Memorandum on the prevention of leprosy by segregation of the affected
Disease focus: Leprosy
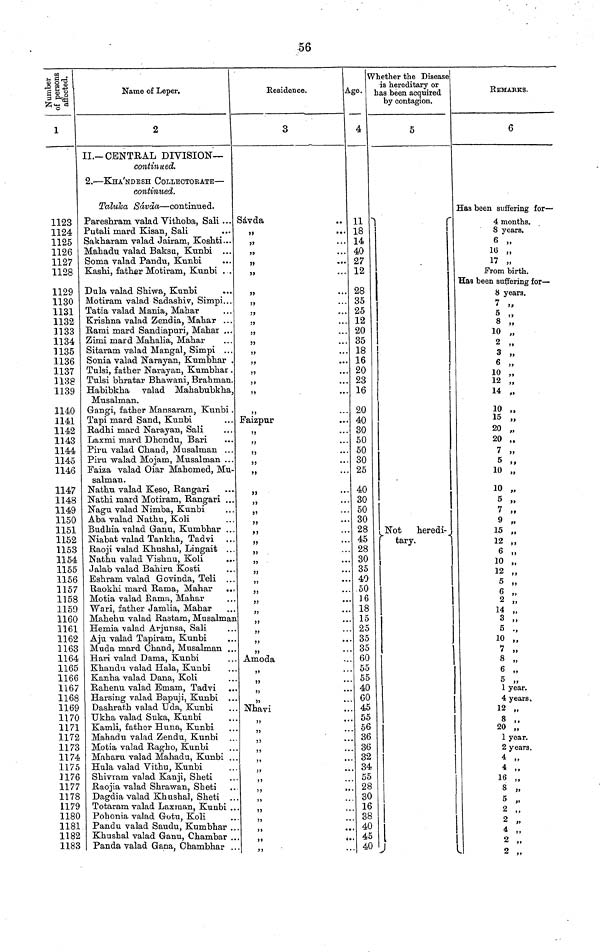
56
1
1123
1124
1125
1126
1127
1128
1129
1130
1131
1132
1133
1134
1135
1136
1137
1138
1139
1140
1141
1142
1143
1144
1145
1146
1147
1148
1149
1150
1151
1152
1153
1154
1155
1156
1157
1158
1159
1160
1161
1162
1163
1164
1165
1166
1167
1168
1169
1170
1171
1172
1173
1174
1175
1176
1177
1178
1179
1180
1181
1182
1183
Name of Leper.
2
II.— CENTRAL DIVISION—
continued.
2. — KHA'NDESH COLLECTORATE —
continued.
Taluka Sáváa — continued.
Pareshram valad Vithoba, Sail . . .
Putali Mard Kisan, Sali
Sakharam valad Jairam, Koshti...
Mahadu valad Baksu, Kunbi ...
Soma valad Pandu, Kunbi
Kashi, father Motiram, Kunbi ...
Dula valad Shiwa, Kunbi
Motiram valad Sadashiv, Simpi...
Tatia valad Mania, Mahar
Krishna valad Zendia, Mahar ...
Rami mard Sandiapuri, Mahar ...
Zimi mard Mahalia, Mahar
Sitaram valad Mangal, Simpi ...
Sonia valad Narayan, Kumbhar .
Tulsi, father Narayan, Kumbhar .
Tulsi bhratar Bhawani, Brahman.
Habihkha valad Mahabubkha,
Musalman.
Gangi, father Mansaram, Kunbi .
Tapi mard Sand, Kunbi
Radhi mard Narayan, Sali
Laxmi mard Dhondu, Bari
Piru valad Chand, Musalman ...
Piru walad Mojam, Musalman ...
Faiza valad Oiar Mahomed, Mu-
salman.
Nathu valad Keso, Rangari
Nathi mard Motiram, Rangari ...
Nagu valad Nimba, Kunbi
Aba valad Nathu, Koli
Budhia valad Ganu, Kumbhar ...
Niabat valad Tan kha, Tadvi
Raoji valad Khushal, Lingait . . .
Nathu valad Vishnu, Koli
Jalab valad Bahiru Kosti
Eshram valad Govinda, Teli ...
Raokhi mard Rama, Mahar ..,
Motia valad Kama, Mahar
Wari, father Jamlia, Mahar
Mahehu valad Rastam, Musalman
Hernia valad Arjunsa, Sali
Aju valad Tapiram, Kunbi
Muda mard Chand, Musalman ...
Hari valad Dama, Kunbi
Khandu valad Hala, Kunbi
Kanha valad Dana, Koli
Rahenu valad Emam, Tadvi
Harsing valad Bapuji, Kunbi
Dashrath valad Uda, Kunbi
Ukha valad Suka, Kunbi
Kamli, father Huna, Kunbi
Mahadu valad Zendu, Kunbi
Motia valad Ragho, Kunbi
Maharu valad Mahadu, Kunbi ..
Hula valad Vithu, Kunbi
Shivram valad Kanji, Sheti
Raojia valad Shrawan, Sheti
Dagdia valad Khushal, Sheti ..
Totaram valad Laxman, Kunbi . .
Pohonia valad Gotu, Koli
Pandu valad Saudu, Kumbhar ..
Khushal valad Ganu, Chambar
Panda valad Gana, Chambhar ..
Residence.
3
Sávda
"
"
"
"
"
"
"
"
"
"
"
"
"
"
"
"
"
Faizpur
"
"
"
"
"
"
"
"
"
"
"
"
"
"
"
"
"
"
"
"
Amoda
"
"
"
"
Nhavi
"
"
"
"
"
"
"
"
"
"
"
Age.
4
11
18
14
40
27
12
28
35
25
12
20
35
18
16
20
23
16
20
40
30
50
50
30
25
40
30
50
30
28
45
28
30
35
40
50
16
18
15
25
35
35
60
55
55
40
60
45
55
56
36
36
32
34
55
28
30
16
38
40
45
40
Whether the Disease
is hereditary or
has been acquired
by contagion.
5
Not
heredi-
tary.
REMARKS.
6
Has been suffering for —
4 months.
8 years.
6 „
16 „
17 „
From birth.
Has been suffering for —
8 years.
7
5
8 „
10 „
2
3 .
6
10
12 „
14 „
10 „
15 „
20 „
20 „
7 „
5 ,,
10 „
10 „
5 ,,
7 „
9 ,.
15 „
12 .
6 ,.
10
12
5
6
2 „
14 „
3 „
5 .,
10 „
7 „
8 „
6 „
5 ..
1 year.
4 years.
12 „
8 ,.
20 „
1 year.
2 years.
4 „
4 ,,
16 ,,
8 .,
5
2
2
2